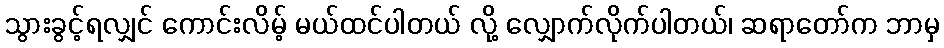
သွားခွင့်ရလျှင် ကောင်းလိမ့် မယ်ထင်ပါတယ် လို့ လျှောက်လိုက်ပါတယ်၊ ဆရာတော်က ဘာမှ